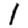
Digit: 1